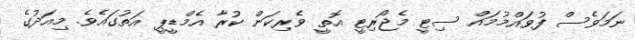
ނަމަވެސް ފުވައްމުމައް ސިޓީ މެޖޯރިޓީ އޮތީ ވެރިކަން ކުރާ އެމްޑީޕީ އަތުގައެވެ. މިއަދުގެ